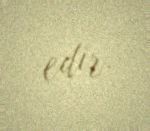
edir.